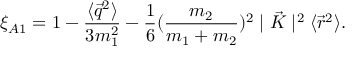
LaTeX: \xi _ { A 1 } = 1 - \frac { \langle \vec { q } ^ { 2 } \rangle } { 3 m _ { 1 } ^ { 2 } } - \frac { 1 } { 6 } ( \frac { m _ { 2 } } { m _ { 1 } + m _ { 2 } } ) ^ { 2 } \mid \vec { K } \mid ^ { 2 } \langle \vec { r } ^ { 2 } \rangle .